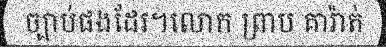
ច្បាប់ផងដែរ។លោក ព្រាប គារ៉ាត់